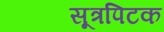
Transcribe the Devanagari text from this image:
सूत्रपिटक